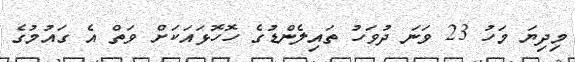
މިދިޔަ މަހު 23 ވަނަ ދުވަހު ތައިލެންޑުގެ ހޮހޮޅައަކަށް ވަތް އެ ގައުމުގެ